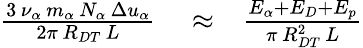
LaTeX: \begin{array}{rlr}{\frac{3\, \nu_{\alpha}\, m_{\alpha}\, N_{\alpha}\, \Delta u_{\alpha}}{2\pi\, R_{DT}\, L}}&{{}\approx}&{\frac{E_{\alpha}+E_{D}+E_{p}}{\pi\, R_{DT}^{2}\, L}}\end{array}